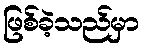
ဖြစ်ခဲ့သည်မှာ